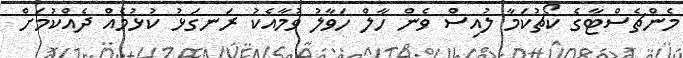
މެންޗެސްޓާގެ ކޯޗުކަމާ ލުއިސް ވެން ހާލް ހަވާލު ވުމާއެކު ރަނގަޅު ކުޅުމެއް ދެއްކުމަށް